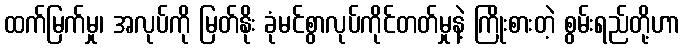
ထက်မြက်မှု၊ အလုပ်ကို မြတ်နိုး ခုံမင်စွာလုပ်ကိုင်တတ်မှုနဲ့ ကြိုးစားတဲ့ စွမ်းရည်တို့ဟာ